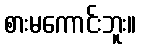
စားမကောင်းဘူး။